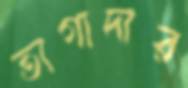
তাগাদার